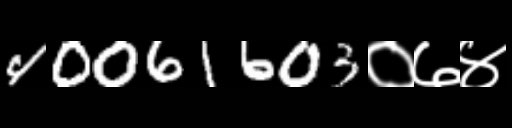
Text: 40061603०७४